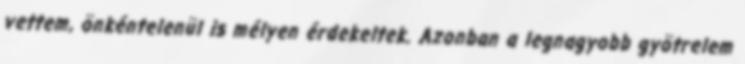
vettem, önkéntelenül is mélyen érdekeltek. Azonban a legnagyobb gyötrelem